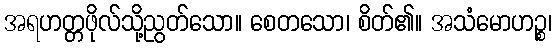
အရဟတ္တဖိုလ်သို့ညွတ်သော။ စေတသော၊ စိတ်၏။ အသံမောဟဉ္စ၊